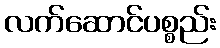
လက်ဆောင်ပစ္စည်း